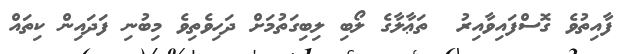
ފާއިތުވެ ގޮސްފައިވާއިރު  ތަޢާލާގެ ލޯބި ލިބިގަތުމަށް ދަހިވެތިވެ މިބުނި ފަދައިން ކިތައް